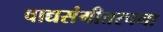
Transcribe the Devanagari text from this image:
वाद्यसंगीतरचना